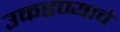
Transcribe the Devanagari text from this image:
उकडण्याचे